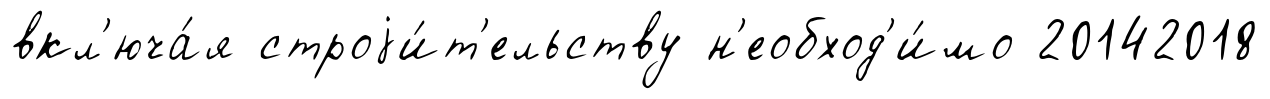
вкл'юча́я строjи́т'ельству н'еобход'и́мо 20142018